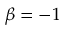
\beta = - 1